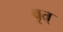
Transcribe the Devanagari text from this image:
वृत्